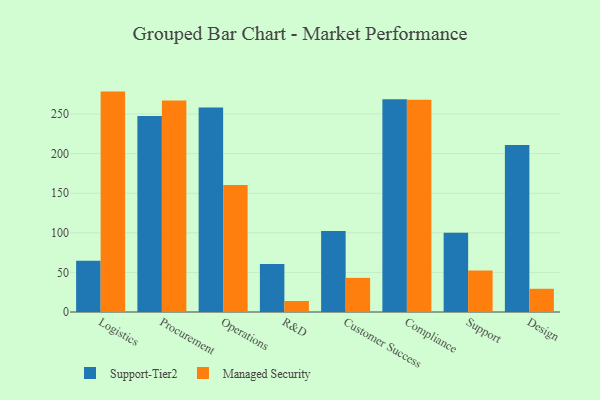
{"axis": {"x": "Department", "y": "Production Output"}, "legend": ["Managed Security", "Support-Tier2"], "data": [{"x": "Logistics", "y": 64.8, "type": "Support-Tier2"}, {"x": "Logistics", "y": 278.3, "type": "Managed Security"}, {"x": "Procurement", "y": 247.5, "type": "Support-Tier2"}, {"x": "Procurement", "y": 267.2, "type": "Managed Security"}, {"x": "Operations", "y": 258.1, "type": "Support-Tier2"}, {"x": "Operations", "y": 160.5, "type": "Managed Security"}, {"x": "R&D", "y": 60.6, "type": "Support-Tier2"}, {"x": "R&D", "y": 13.9, "type": "Managed Security"}, {"x": "Customer Success", "y": 102.4, "type": "Support-Tier2"}, {"x": "Customer Success", "y": 43.1, "type": "Managed Security"}, {"x": "Compliance", "y": 268.7, "type": "Support-Tier2"}, {"x": "Compliance", "y": 267.9, "type": "Managed Security"}, {"x": "Support", "y": 100.0, "type": "Support-Tier2"}, {"x": "Support", "y": 52.4, "type": "Managed Security"}, {"x": "Design", "y": 211.0, "type": "Support-Tier2"}, {"x": "Design", "y": 29.3, "type": "Managed Security"}]}